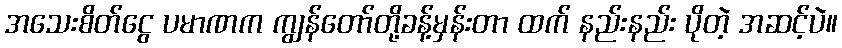
အသေးစိတ်ငွေ ပမာဏက ကျွန်တော်တို့ခန့်မှန်းတာ ထက် နည်းနည်း ပိုတဲ့ အဆင့်ပဲ။